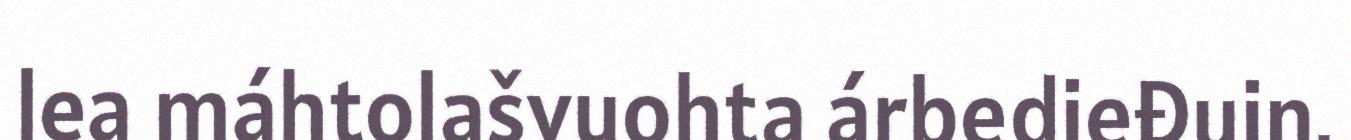
lea máhtolašvuohta árbedieđuin.